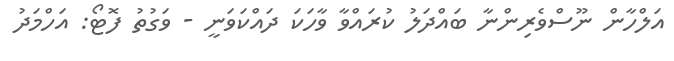
އަލްހާން ނޫސްވެރިންނާ ބައްދަލު ކުރައްވާ ވާހަކަ ދައްކަވަނީ - ވަގުތު ފޮޓޯ: އަހްމަދު